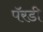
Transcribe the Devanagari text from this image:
पॅरडी